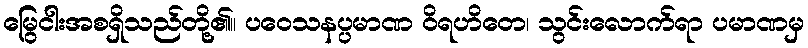
မြွေငါးအစရှိသည်တို့၏။ ပဝေသနပ္ပမာဏ ဝိရဟိတေ၊ သွင်းလောက်ရာ ပမာဏမှ